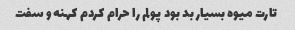
تارت میوه بسیار بد بود پولم را حرام کردم کهنه و سفت